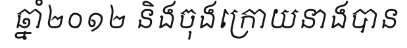
ឆ្នាំ២០១២ និងចុងក្រោយនាងបាន